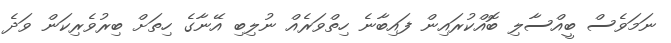
ނަމަވެސް ބީއްސާލި ބޮއްކުރައިން ފައިބާނެ ހިތްވަރެއް ނުލިބި އޭނާގެ ހިތަށް ބިރުވެރިކަން ވަދެ